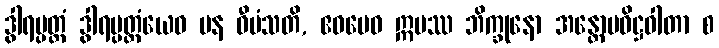
ဒွါရပ္ပတ္တံ ဒွါရပ္ပတ္တံယေဝ ပန ဝီမံသတိ, ဧဝမေဝ ဣမဿ ဘိက္ခုနော အန္တောပဝိဋ္ဌဝါတာ စ